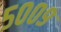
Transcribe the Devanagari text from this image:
५००९